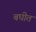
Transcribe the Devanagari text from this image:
बघीत